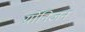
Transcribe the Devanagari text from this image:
ग्रोनिजन